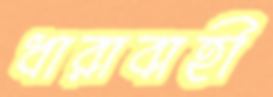
ধারাবাহী